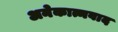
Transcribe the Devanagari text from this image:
अनेकात्मवाद